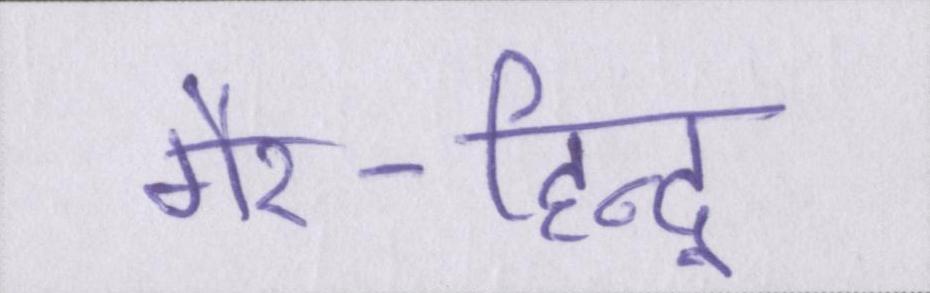
गैर-हिन्दू